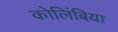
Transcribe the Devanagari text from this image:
कोलिंबिया